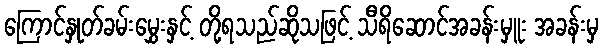
ကြောင်နှုတ်ခမ်းမွှေးနှင့် တို့ရသည်ဆိုသဖြင့် သီရိဆောင်အခန်းမှူး အခန်းမှ